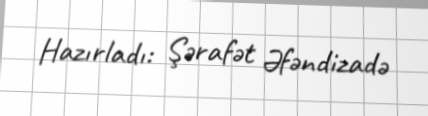
Hazırladı: Şərafət Əfəndizadə